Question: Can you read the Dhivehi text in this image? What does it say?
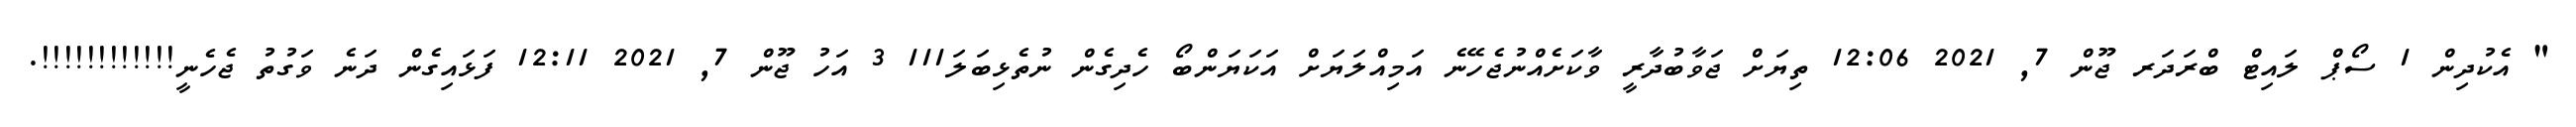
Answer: " އެކުދިން 1 ސޯޕް ލައިޓް ބްރަދަރ ޖޫން 7, 2021 12:06 ތިޔަށް ޖަވާބުދާރީ ވާކަށެއްނުޖެހޭނެ އަމިއްލަޔަށް އަކަޔަންބޯ ހެދިގެން ނުތެޅިބަލަ111 3 އަހު ޖޫން 7, 2021 12:11 ފަޅައިގެން ދަނެ ވަގުތު ޖެހެނީ!!!!!!!!!!!!.